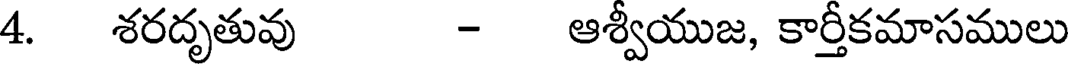
4. శరదృతువు - ఆశ్వీయుజ, కార్తీకమాసములు